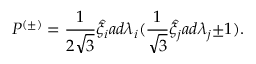
{ \cal P } ^ { ( \pm ) } = \frac { 1 } { 2 \sqrt { 3 } } { \hat { \xi } } _ { i } a d { \lambda } _ { i } ( \frac { 1 } { \sqrt 3 } \hat { \xi } _ { j } a d { \lambda } _ { j } { \pm } 1 ) .